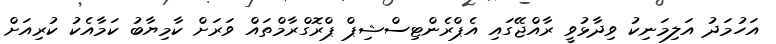
އަހުމަދު އަލިމަނިކު ވިދާޅުވީ ރާއްޖޭގައި އެޕްރެންޓިސްޝިޕް ޕްރޮގްރާމްތައް ވަރަށް ކާމިޔާބު ކަމާއެކު ކުރިއަށް